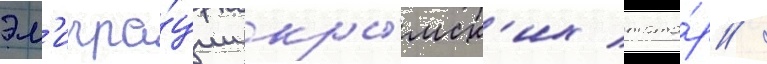
эм'игра́ции кры́мск'их тата́р /